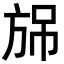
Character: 𣃫